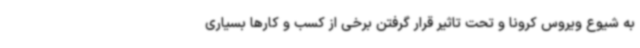
به شیوع ویروس کرونا و تحت تاثیر قرار گرفتن برخی از کسب و کارها بسیاری